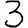
Digit: 3